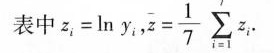
表中z_{i}=Ln y_{i}，$$\overline{z}= \frac{1}{7}\sum _{i=1}^{7}z_{i}$$